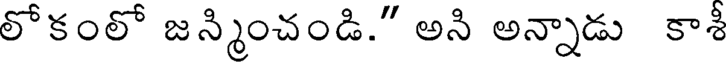
లోకంలో జన్మించండి." అని అన్నాడు కాశీ